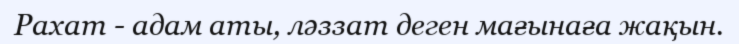
Рахат - адам аты, ләззат деген мағынаға жақын.